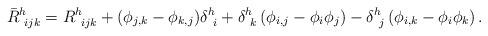
LaTeX: \begin{align*} \bar R^h_{\ i j k} = R^h_{\ ij k} + { \left(\phi_{j,k}- \phi_{k,j}\right)} \delta^h_{\ i} + \delta^h_{ \ k} \left( \phi_{i,j}- \phi_i \phi_j \right) - \delta^h_{ \ j} \left( \phi_{i,k}- \phi_i \phi_k\right).\end{align*}